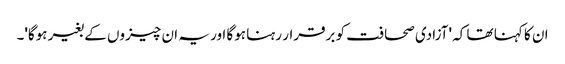
ان کا کہنا تھا کہ 'آزادی صحافت کو برقرار رہنا ہوگا اور یہ ان چیزوں کے بغیر ہوگا'۔